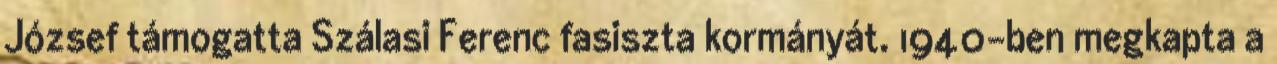
József támogatta Szálasi Ferenc fasiszta kormányát. 1940-ben megkapta a